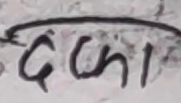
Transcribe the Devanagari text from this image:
दका